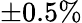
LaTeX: \pm 0.5\%